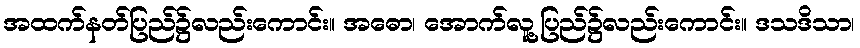
အထက်နတ်ပြည်၌လည်းကောင်း။ အဓော၊ အောက်လူ့ပြည်၌လည်းကောင်း။ ဒသဒိသာ၊